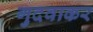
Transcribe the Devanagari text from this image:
गुदवाकर